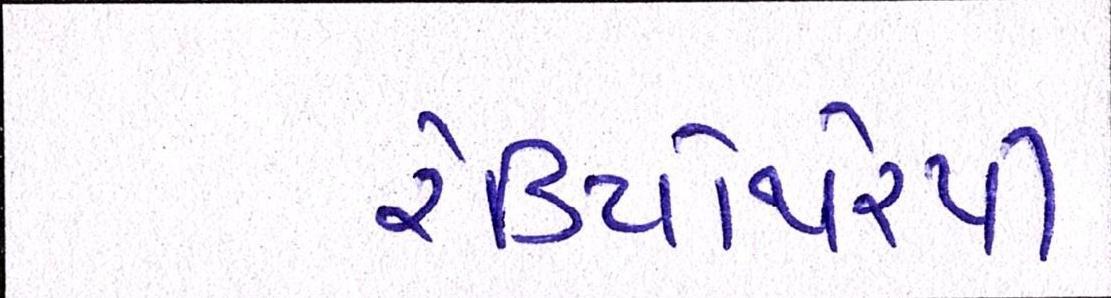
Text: રેડિયોથેરપી